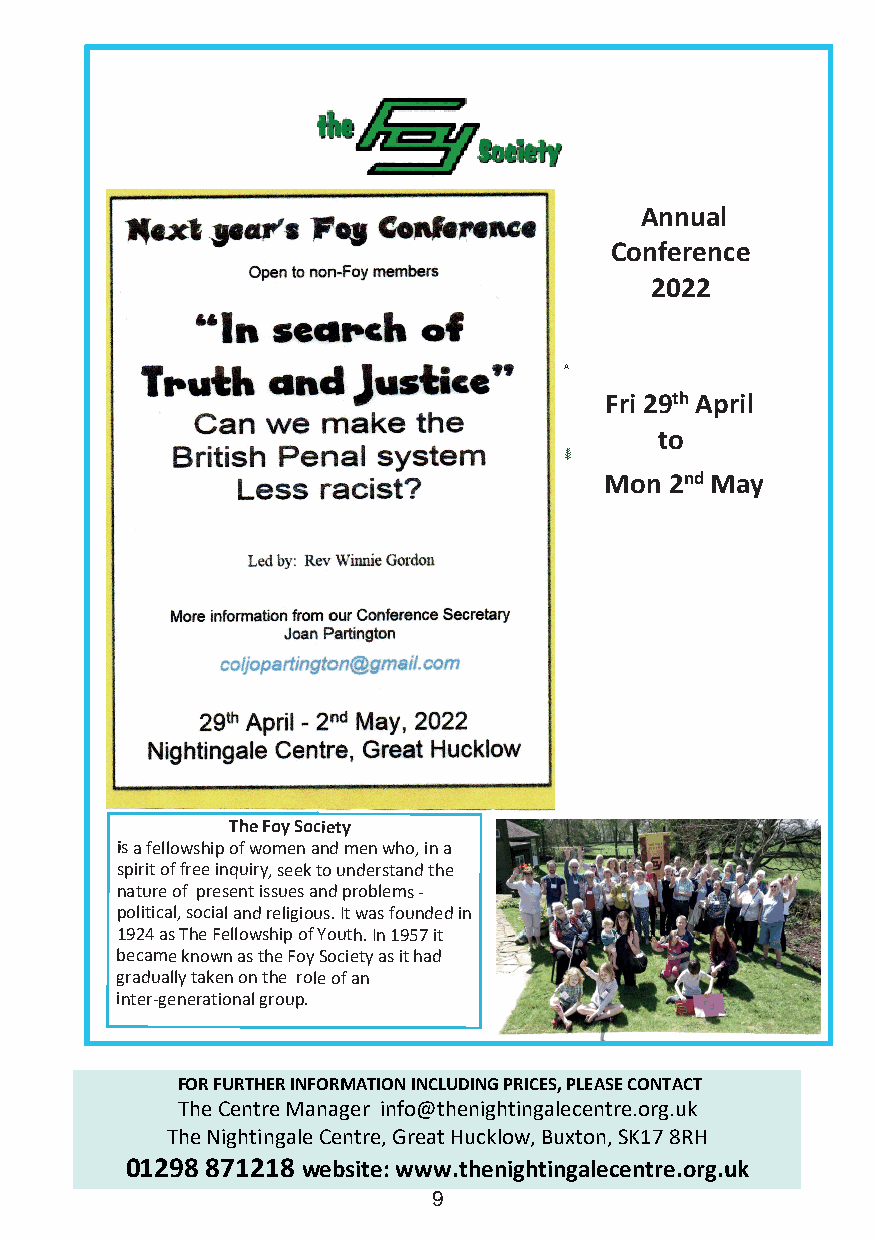
Annual
 Conference
 2022
 A
 Fri 29th April
 to
 ⸙
 Mon 2nd May
 The Foy Society
 is a fellowship of women and men who, in a
 spirit of free inquiry, seek to understand the
 nature of present issues and problems -
 political, social and religious. It was founded in
 1924 as The Fellowship of Youth. In 1957 it
 became known as the Foy Society as it had
 gradually taken on the role of an
 inter-generational group.
 FOR FURTHER INFORMATION INCLUDING PRICES, PLEASE CONTACT
 The Centre Manager info@thenightingalecentre.org.uk
 The Nightingale Centre, Great Hucklow, Buxton, SK17 8RH
 01298 871218 website: www.thenightingalecentre.org.uk
 9